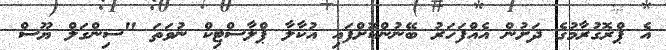
އެ ޕްރޮގުރާމުގެ ދަށުން އެއްފަހަރު ބޭނުންކޮށްފައި އުކާލާ ޕްލާސްޓިކް ނުވަތަ "ސިންގަލް ޔޫސް